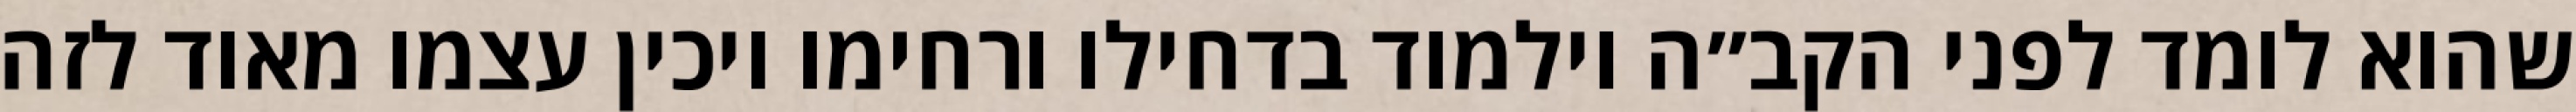
שהוא לומד לפני הקב״ה וילמוד בדחילו ורחימו ויכין עצמו מאוד לזה